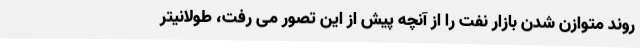
روند متوازن شدن بازار نفت را از آنچه پیش از این تصور می رفت، طولانیتر